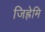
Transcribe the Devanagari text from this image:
जिह्रेमि